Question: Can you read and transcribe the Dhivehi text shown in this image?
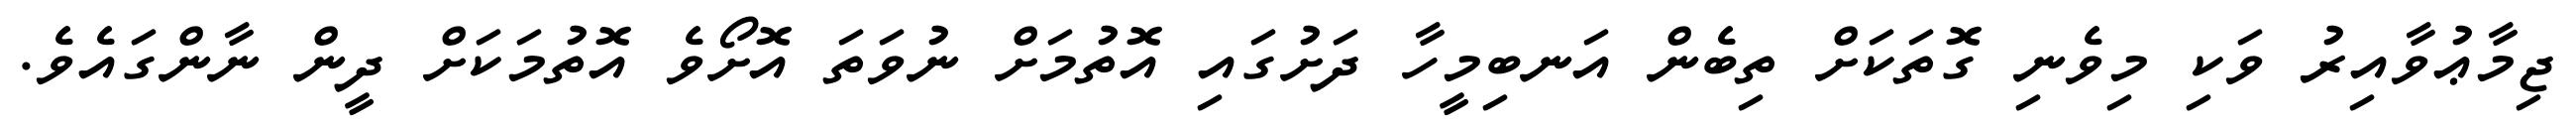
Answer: ޖިމާޢުވާއިރު ވަކި މިވެނި ގޮތަކަށް ތިބެން އަނބިމީހާ ދަށުގައި އޮތުމަށް ނުވަތަ އޮށޯވެ އޮތުމަކަށް ދީން ނާންގައެވެ.